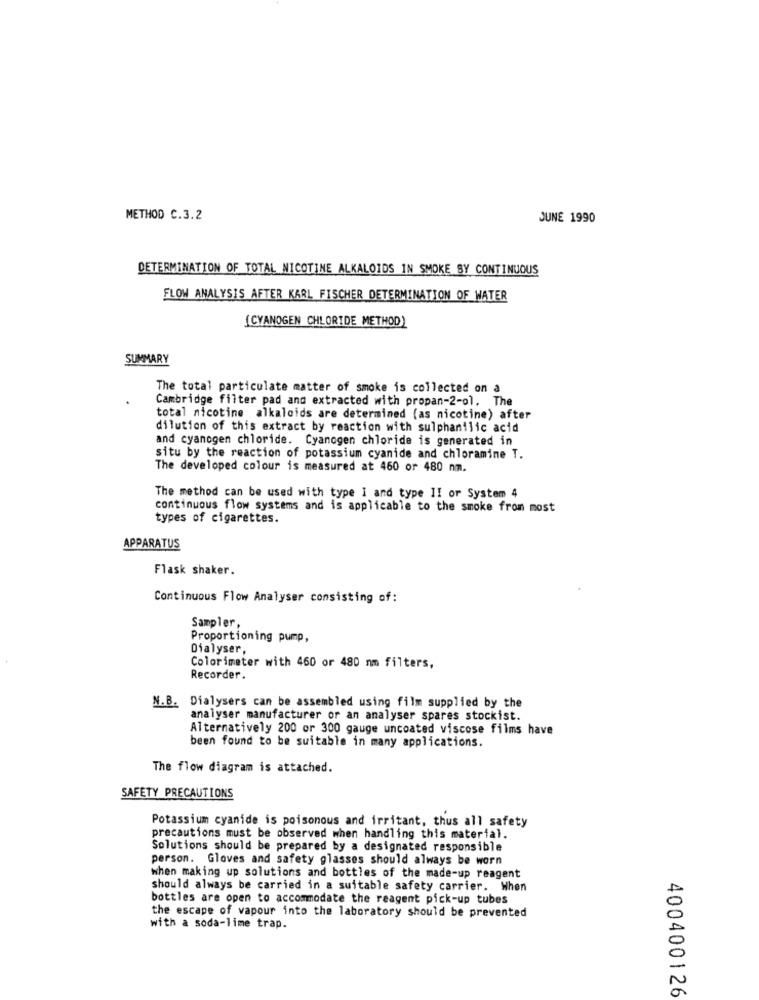
METHOD C.3.2
JUNE 1990
DETERMINATION OF TOTAL NICOTINE ALKALOIDS IN SMOKE SY CONTINUOUS
FLOW ANALYSIS AFTER KARL FISCHER DETERMINATION OF WATER
[CYANOGEN CHLORIDE METHOD)
SUMMARY
The total particulate matter of smoke is collected on a
Cambridge filter pad and extracted with propan-2-ol. The
total nicotine alkaloids are determined (as nicotine) after
dilution of this extract by reaction with sulphanilic acid
and cyanogen chloride. Cyanogen chloride is generated in
situ by the reaction of potassium cyanide and chloramine T.
The developed colour is measured at 460 or 480 nm.
The method can be used with type I and type II or System 4
continuous flow systems and is applicable to the smoke from most
types of cigarettes.
APPARATUS
Flask shaker.
Continuous Flow Analyser consisting of:
Sampler,
Proportioning pump,
Dialyser,
Colorimeter with 460 or 480 nm filters,
Recorder.
N.B. Dialysers can be assembled using film supplied by the
analyser manufacturer or an analyser spares stockist.
Alternatively 200 or 300 gauge uncoated viscose films have
been found to be suitable in many applications.
The flow diagram is attached.
SAFETY PRECAUTIONS
Potassium cyanide is poisonous and irritant, thus all safety
precautions must be observed when handling this material.
Solutions should be prepared by a designated responsible
person. Gloves and safety glasses should always be worn
when making up solutions and bottles of the made-up reagent
should always be carried in a suitable safety carrier. When
bottles are open to accommodate the reagent pick-up tubes
the escape of vapour into the laboratory should be prevented
with a soda-lime trap.
400400126